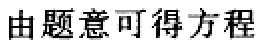
由题意可得方程